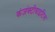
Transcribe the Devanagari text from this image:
कंजंक्टीवाइटिस